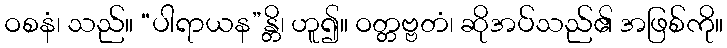
ဝစနံ၊ သည်။ “ပါရာယန”န္တိ၊ ဟူ၍။ ဝတ္တဗ္ဗတံ၊ ဆိုအပ်သည်၏ အဖြစ်ကို။